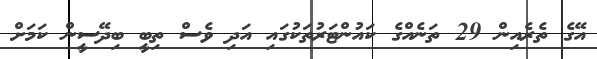
އޭގެ ތެރެއިން 29 ތަނެއްގެ ކައުންޓަރުތަކުގައި އަދި ވެސް ތިބީ ބިދޭސީން ކަމަށް